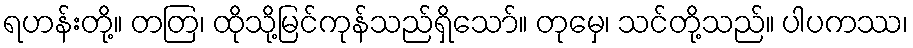
ရဟန်းတို့။ တတြ၊ ထိုသို့မြင်ကုန်သည်ရှိသော်။ တုမှေ၊ သင်တို့သည်။ ပါပကဿ၊